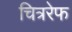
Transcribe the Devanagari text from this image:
चित्ररेफ